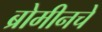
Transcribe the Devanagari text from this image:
ब्रोमीनचे